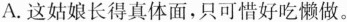
A.这姑娘长得真体面，只可惜好吃懒做。